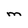
Character: M